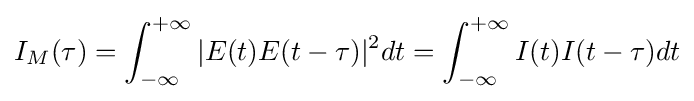
I_{M}(\tau )=\int _{-\infty }^{+\infty }|E(t)E(t-\tau )|^{2}dt=\int _{-\infty }^{+\infty }I(t)I(t-\tau )dt